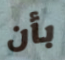
بأن